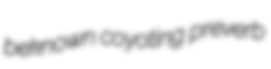
beknown coyoting preverb